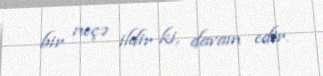
bir neçə ildir ki, davam edir.